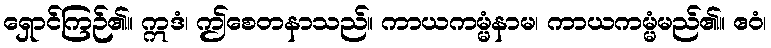
ရှောင်ကြဉ်၏။ ဣဒံ၊ ဤစေတနာသည်။ ကာယကမ္မံနာမ၊ ကာယကမ္မံမည်၏။ ဧဝံ၊